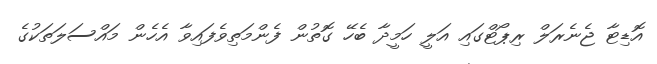
އޮޑިޓާ ޖެނެރަލް ރިޕޯޓްގައި އަލީ ހަމީދާ ބެހޭ ގޮތުން ފެންމަތިވެފައިވާ އެހެން މައްސަލަތަކުގެ